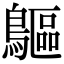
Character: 䳼